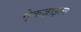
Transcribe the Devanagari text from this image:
ऐकज़ाइल्स